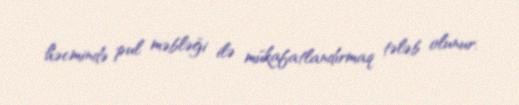
həcmində pul məbləği ilə mükafatlandırmaq tələb olunur.